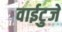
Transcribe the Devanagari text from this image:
वाईटुजे